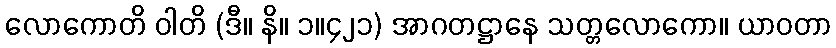
လောကောတိ ဝါတိ (ဒီ။ နိ။ ၁။၄၂၁) အာဂတဋ္ဌာနေ သတ္တလောကော။ ယာဝတာ